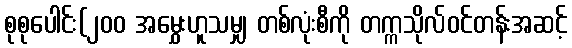
စုစုပေါင်း(၂၀၀ အမွှေးဟူသမျှ တစ်လုံးစီကို တက္ကသိုလ်ဝင်တန်းအဆင့်